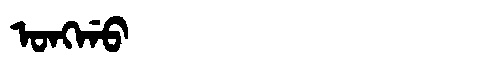
Manchu: ᠣᠩᡤᠣ
Romanization: ONGGO